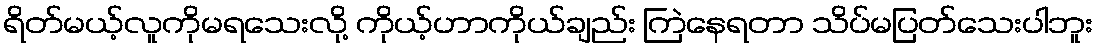
ရိတ်မယ့်လူကိုမရသေးလို့ ကိုယ့်ဟာကိုယ်ချည်း ကြဲနေရတာ သိပ်မပြတ်သေးပါဘူး